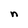
Character: n